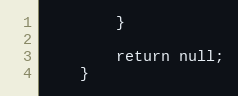
Language: PHP
		}

		return null;
	}